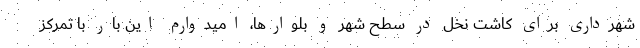
شهرداری برای کاشت نخل در سطح شهر و بلوارها، امیدوارم این بار با تمرکز